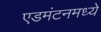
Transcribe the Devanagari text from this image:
एडमंटनमध्ये